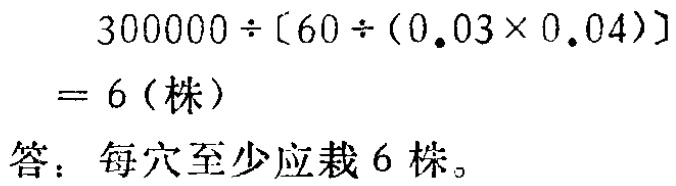
\[

\begin{align*}

&300000\div[60\div(0.03\times0.04)]\\

=&6(\text{株})

\end{align*}

\]

答：每穴至少应栽 6 株。